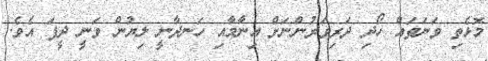
މޮޅެތި ވަނަތައް ހޯދި ދަރިވަރުންނަށް އިނާމާއި ހަނދާނީ ލިޔުން ވަނީ ދީފަ އެވެ.